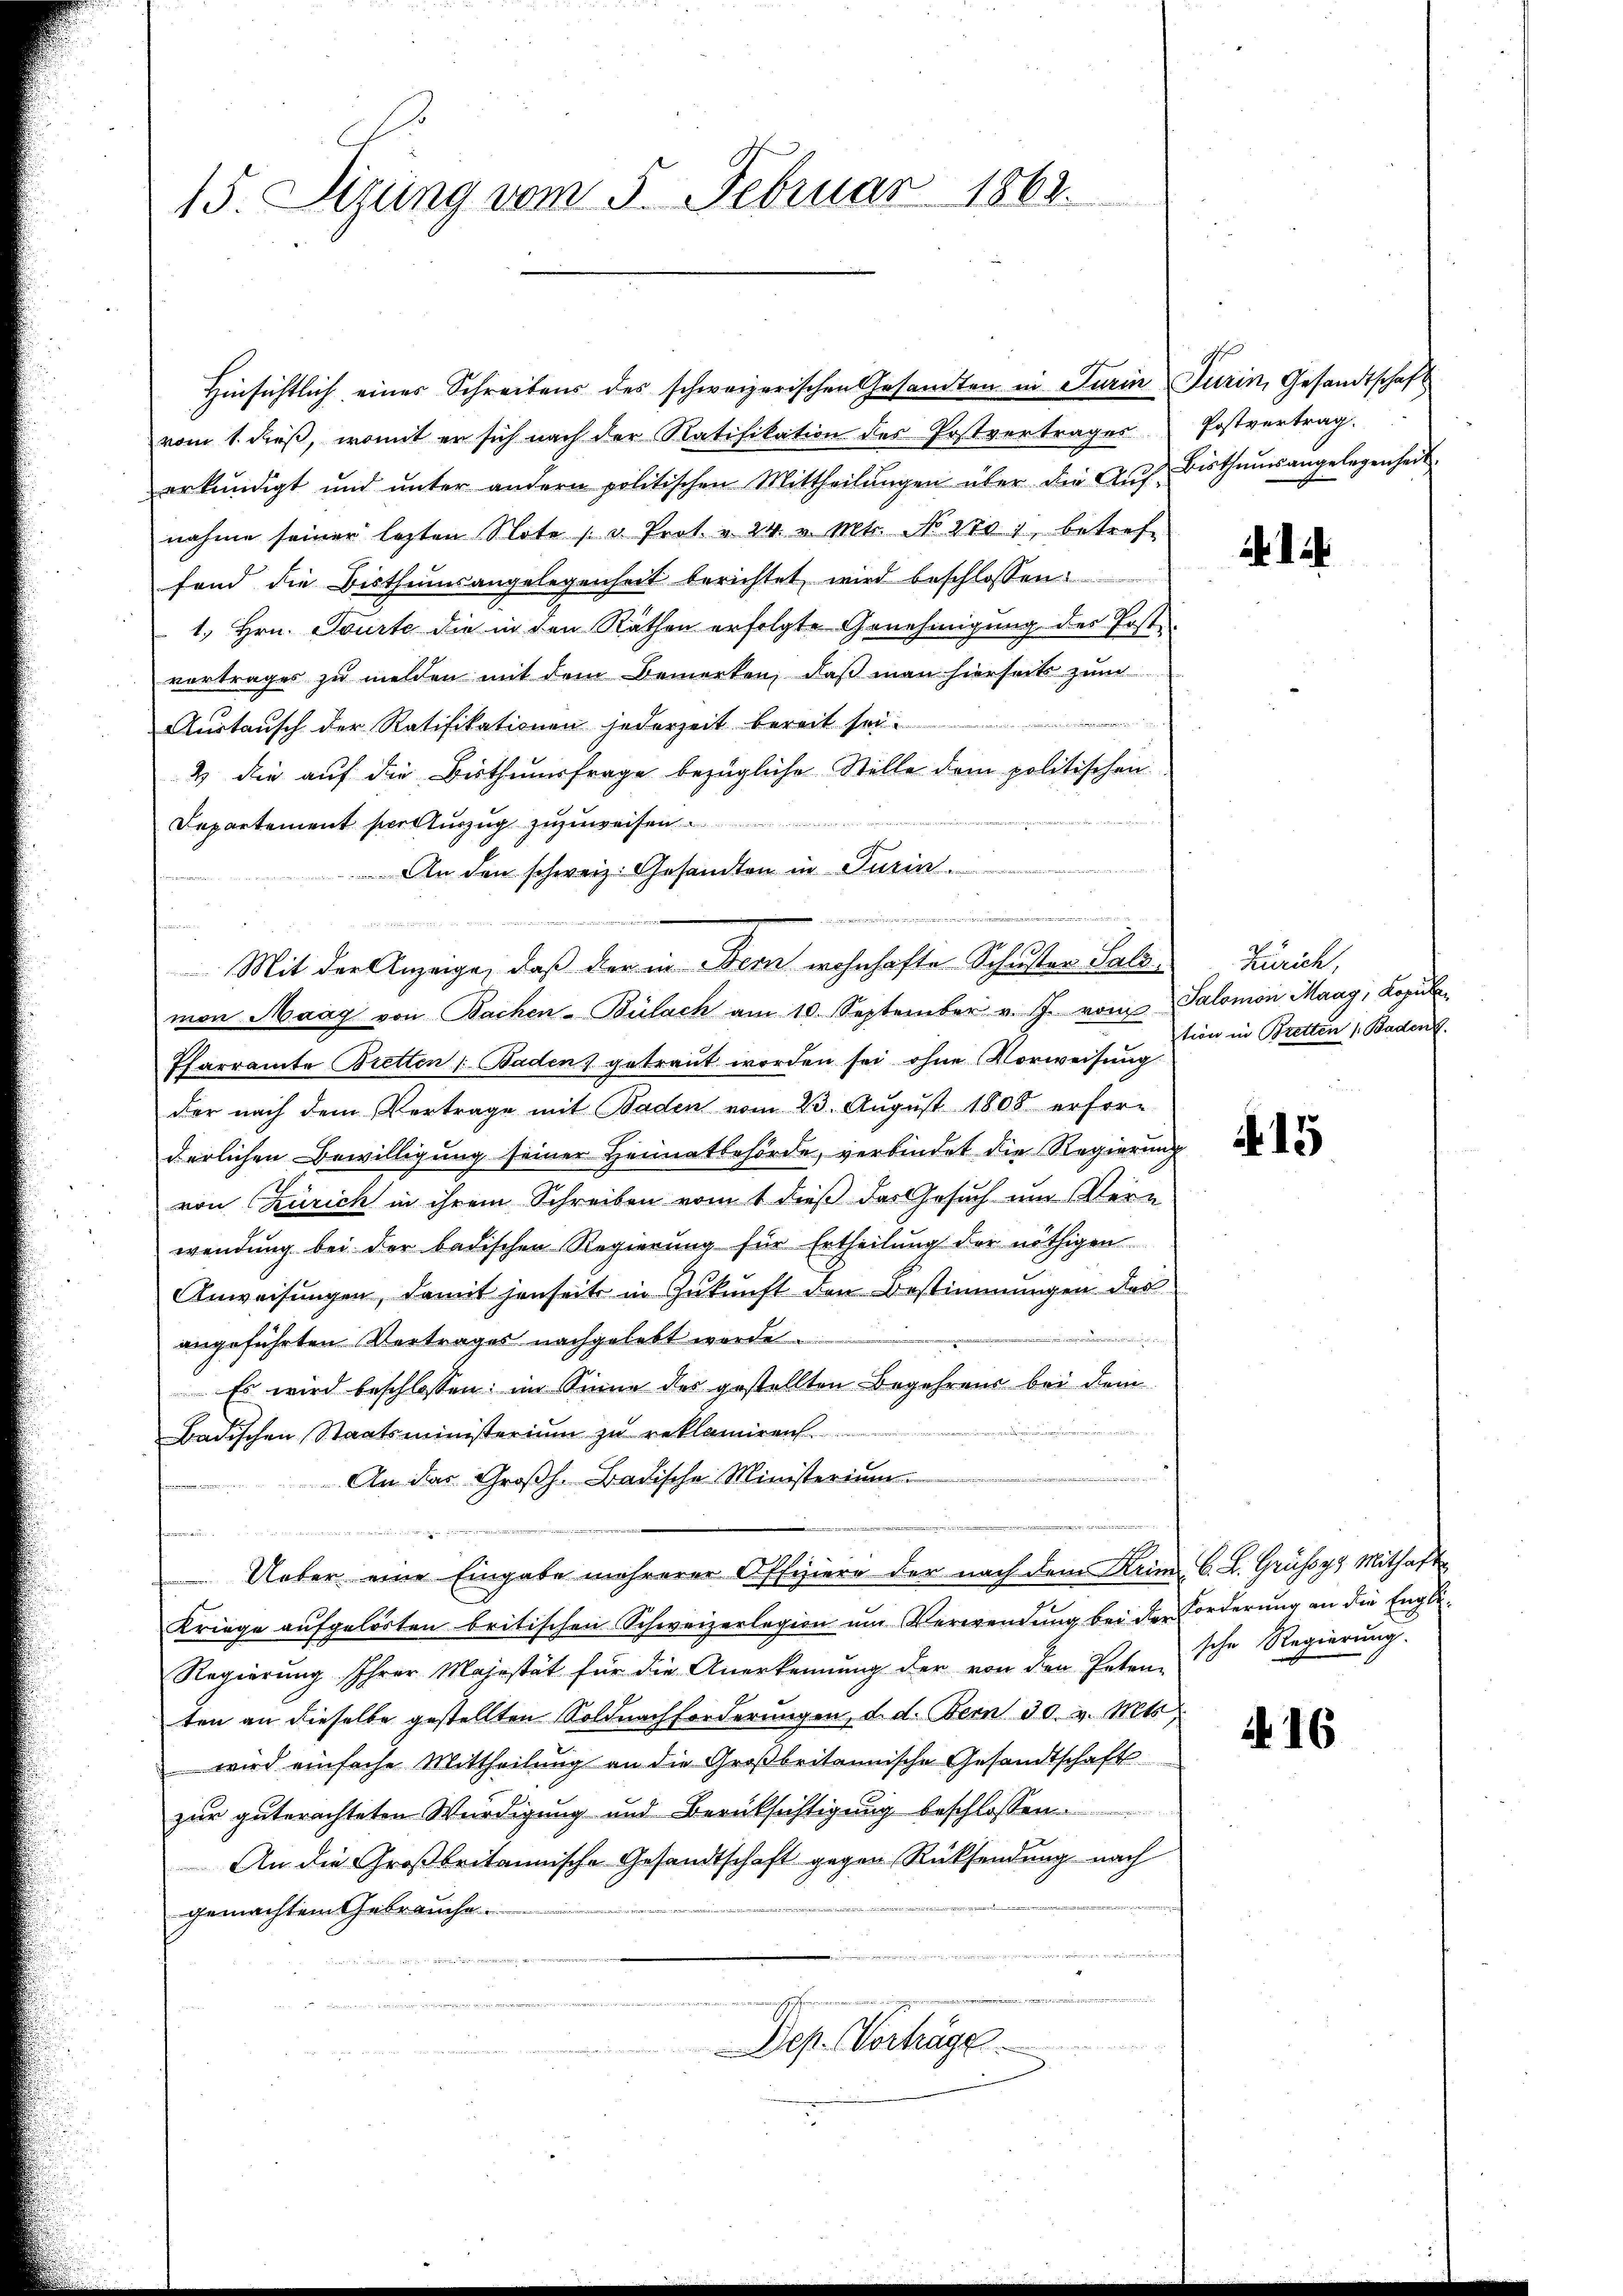
15. Sizung vom 5. Februar 1863.

Hinsichtlich eines Schreibens des schweizerischen Gesandten in Turin Turin, Gesandtschaft
vom 1. dieß, womit er sich nach der Ratifikation des Postvertrages
erkŭndigt ŭnd ŭnter andern politischen Mittheilŭngen über die Aŭf-Bisthums angelegenheit.
nahme seiner lezten Note u Prot. " 24. v. Mt. No. 270, betref
fand die Bisthumsangelegenheit berichtet wird beschlossen:
1. Hrn. Tourte die in den Räthen erfolgte Genehmigung des Poste
vortrages zu melden mit dem Bemerken, daß man hierseits zum
.
Austausch der Ratifikationen jederzeit bereit sei.
2 die auf die Bisthumsfrage bezügliche Stelle dem politischen
Departement selbezug zuzuweisen
An den schweiz. Gesandten in Turin
.
a
Mit der Anzeige, daß der in Dem wohnhafte Schuster Salz-Zürich,
mon Maag von Bachen-Bülach am 10. September v. J. vom Salomon Maag, Lopula¬
Pfarramte Bretten Baden) getraut worden sei ohne Vorweisung
der nach dem Vertrage mit Baden vom 23. August 1808 erforderlichen Bewilligung seiner Heimatbehörde, verbindet die Regierung
von Zürich in ihrem Schreiben vom 1 dieß das Gesuch um Vern
wendung bei der badischen Regierung für Ertheilung der nöthigen
Anweisungen, damit jenseits in Zukunft den Bestimmungen das
e
angeführten Vertrages nachgelebt werde.
Es wird beschlossen: im Sinne des gestellten Begehrend bei dem
Badischen Staatsministerium zu reklamiren.
An das Großh. Badische Ministerium
Ueber eine Eingabe mehrerer Offiziere der nach dem Keim C. L. Grüssy Mithaft
Kriege aufgelösten britischen Schweizerlegion um Verwendung bei der Forderung an die Engli¬
Regierung Ihrer Majestät für die Anerkennung der von den Peten sche Regierŭng.
ten an dieselbe gestellten Soldnachforderungen, d. d. Bern 30 v. Mts.
 wird einfache Mittheilung an die Großbritannische Gesandtschaft
zur guterachteten Würdigung und Berücksichtigung beschlossen:
An die Großbritannische Gesandtschaft gegen Rücksendung nach
gemachtem Gebrauche.
Dep. Vorhäge

11

Postvertrag.

tion in Bretten 1. Baden.

415

416